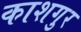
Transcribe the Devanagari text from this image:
काशगुर